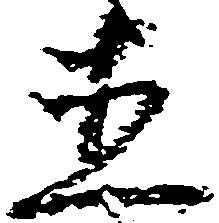
直